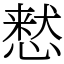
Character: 慭